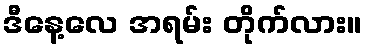
ဒီနေ့လေ အရမ်း တိုက်လား။